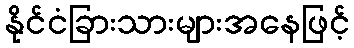
နိုင်ငံခြားသားများအနေဖြင့်